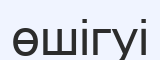
өшігуі